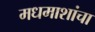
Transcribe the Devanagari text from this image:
मधमाशांचा